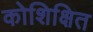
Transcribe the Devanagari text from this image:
कोशिक्षित